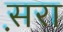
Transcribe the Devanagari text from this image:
स़रा